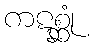
ကဋစ္ဆုံ